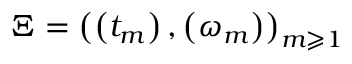
\Xi = \left( \left( t _ { m } \right) , \left( \omega _ { m } \right) \right) _ { m \geqslant 1 }